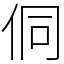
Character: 侗